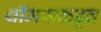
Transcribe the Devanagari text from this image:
थॉमसकडून